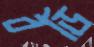
বডি